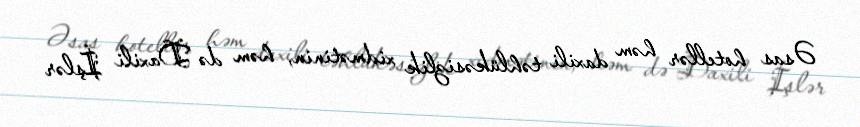
Əsas hotellər həm daxili təhlükəsizlik xidmətinin, həm də Daxili İşlər